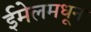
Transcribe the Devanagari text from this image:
ईमेलमधून